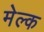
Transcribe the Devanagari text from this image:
मेल्क